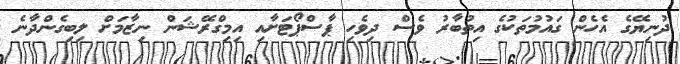
ދުނިޔޭގެ އެހެން ގައުމުތަކުގެ އިތުބާރު ވެސް ދިވެހި ޕާސްޕޯޓަށާއި އިމިގްރޭޝަން ނިޒާމަށް ލިބިގެންދާނެ